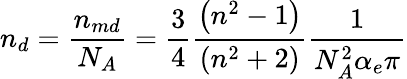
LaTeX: n_{d}=\frac{n_{md}}{N_{A}}=\frac{3}{4}\frac{\left(n^{2}-1\right)}{\left(n^{2}+2\right)}\frac{1}{N_{A}^{2}\alpha_{e}\pi}